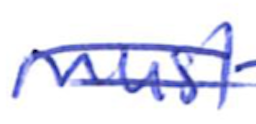
Text: must
Cross-out: double-line
Writing tool: ballpoint